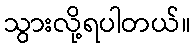
သွားလို့ရပါတယ်။